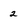
Character: 2